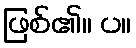
ဖြစ်၏။ ပ။